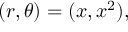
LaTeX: ( r , \theta ) = ( x , x ^ { 2 } ) ,